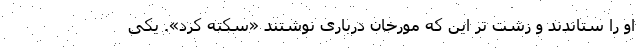
او را ستاندند و زشت تر این که مورخان درباری نوشتند «سکته کرد». یکی